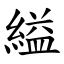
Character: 縊